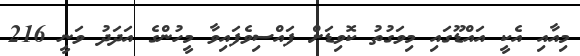
މިއާއި އެކީ އައްޑޫގައި މިވަގުތު ކޮވިޑަށް ފައްސިވެފައިވާ މީހުންގެ އަދަދު ވަނީ 216